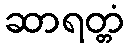
ဆာရတ္တံ